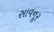
સાવનૂર